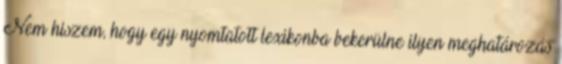
Nem hiszem, hogy egy nyomtatott lexikonba bekerülne ilyen meghatározás